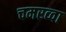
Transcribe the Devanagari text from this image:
चमरव्‍वा